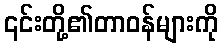
၎င်းတို့၏တာဝန်များကို